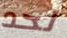
لحد